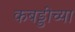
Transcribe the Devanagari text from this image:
कबड्डीच्या